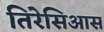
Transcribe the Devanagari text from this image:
तिरेसिआस